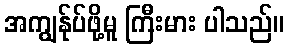
အကျွန်ုပ်ဖို့မူ ကြီးမား ပါသည်။